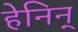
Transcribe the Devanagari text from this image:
हेनिन्